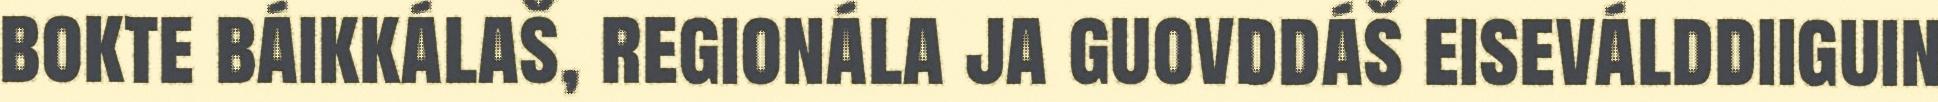
bokte báikkálaš, regionála ja guovddáš eiseválddiiguin